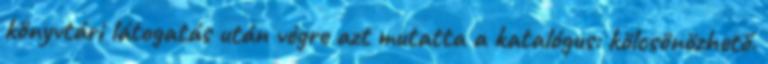
könyvtári látogatás után végre azt mutatta a katalógus: kölcsönözhető.